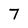
Character: 7